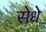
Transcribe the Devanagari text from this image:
सेधे